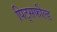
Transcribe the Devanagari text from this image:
पिट्सफील्ड